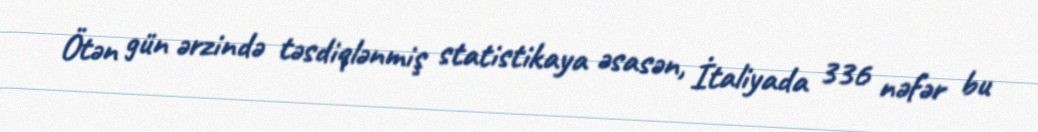
Ötən gün ərzində təsdiqlənmiş statistikaya əsasən, İtaliyada 336 nəfər bu